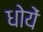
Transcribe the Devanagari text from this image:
धोयें